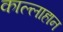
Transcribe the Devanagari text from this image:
काल्लाहान